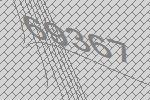
69367